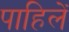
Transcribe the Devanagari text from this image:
पाहिलें